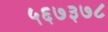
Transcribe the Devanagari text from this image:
५६७३७८